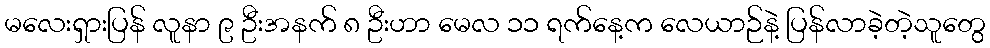
မလေးရှားပြန် လူနာ ၉ ဦးအနက် ၈ ဦးဟာ မေလ ၁၁ ရက်နေ့က လေယာဉ်နဲ့ ပြန်လာခဲ့တဲ့သူတွေ